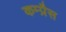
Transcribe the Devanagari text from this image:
कम्प्रैस